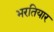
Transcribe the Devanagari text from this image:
भरतियार